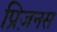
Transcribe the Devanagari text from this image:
प्रिज़नस